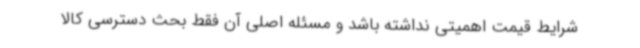
شرایط قیمت اهمیتی نداشته باشد و مسئله اصلی آن فقط بحث دسترسی کالا